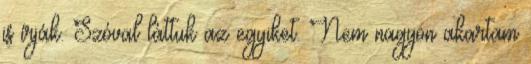
is írják. Szóval láttuk az egyiket. Nem nagyon akartam